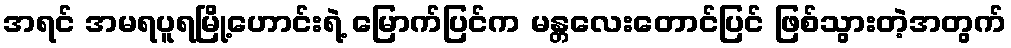
အရင် အမရပူရမြို့ဟောင်းရဲ့ မြောက်ပြင်က မန္တလေးတောင်ပြင် ဖြစ်သွားတဲ့အတွက်